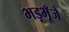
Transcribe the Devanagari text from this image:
भड़भूँजे